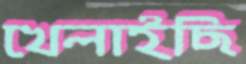
খেলাইছি